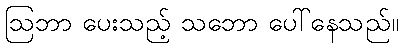
ဩဘာ ပေးသည့် သဘော ပေါ်နေသည်။